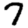
Digit: 7